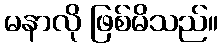
မနာလို ဖြစ်မိသည်။